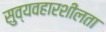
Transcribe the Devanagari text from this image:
सुव्यवहारशीलता